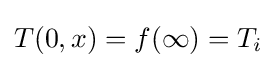
T(0,x)=f(\infty )=T_{i}